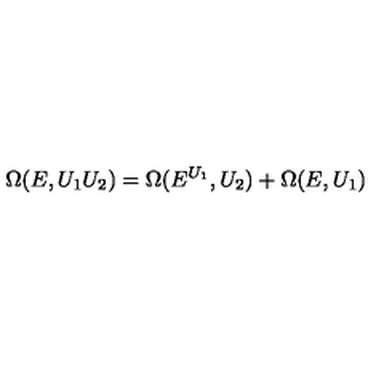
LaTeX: \Omega ( E , U _ { 1 } U _ { 2 } ) = \Omega ( E ^ { U _ { 1 } } , U _ { 2 } ) + \Omega ( E , U _ { 1 } )